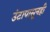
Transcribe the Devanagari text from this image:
उंटापासूनही